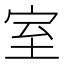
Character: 室